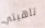
تاهيتي